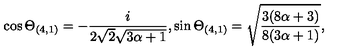
\cos \Theta _ { ( 4 , 1 ) } = - \frac { i } { 2 \sqrt { 2 } \sqrt { 3 \alpha + 1 } } , \sin \Theta _ { ( 4 , 1 ) } = \sqrt { \frac { 3 ( 8 \alpha + 3 ) } { 8 ( 3 \alpha + 1 ) } } ,